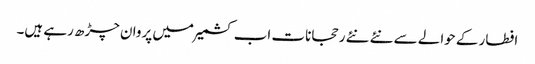
افطار کے حوالے سے نئے نئے رحجانات اب کشمیر میں پروان چڑھ رہے ہیں۔